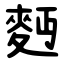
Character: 麪